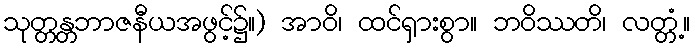
သုတ္တန္တဘာဇနီယအဖွင့်၌။) အာဝိ၊ ထင်ရှားစွာ။ ဘဝိဿတိ၊ လတ္တံ့။